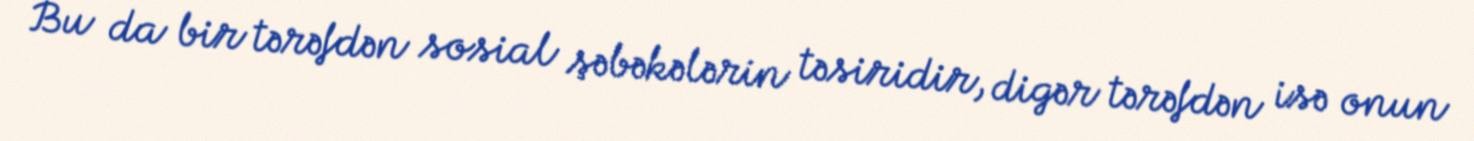
Bu da bir tərəfdən sosial şəbəkələrin təsiridir, digər tərəfdən isə onun